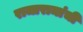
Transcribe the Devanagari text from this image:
राजारामांची